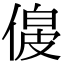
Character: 𠌟